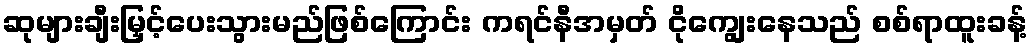
ဆုများချီးမြှင့်ပေးသွားမည်ဖြစ်ကြောင်း ကရင်နီအမှတ် ငိုကျွေးနေသည် စစ်ရာထူးခန့်